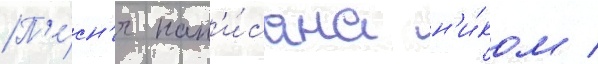
П'е́сн'я нап'и́сана н'и́ком /